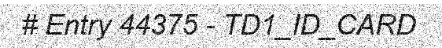
# Entry 44375 - TD1_ID_CARD